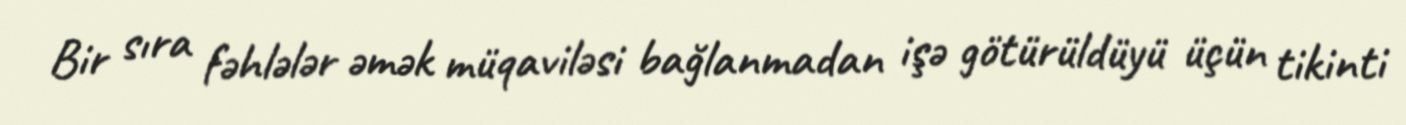
Bir sıra fəhlələr əmək müqaviləsi bağlanmadan işə götürüldüyü üçün tikinti